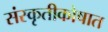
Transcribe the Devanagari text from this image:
संस्कृतीकोषात